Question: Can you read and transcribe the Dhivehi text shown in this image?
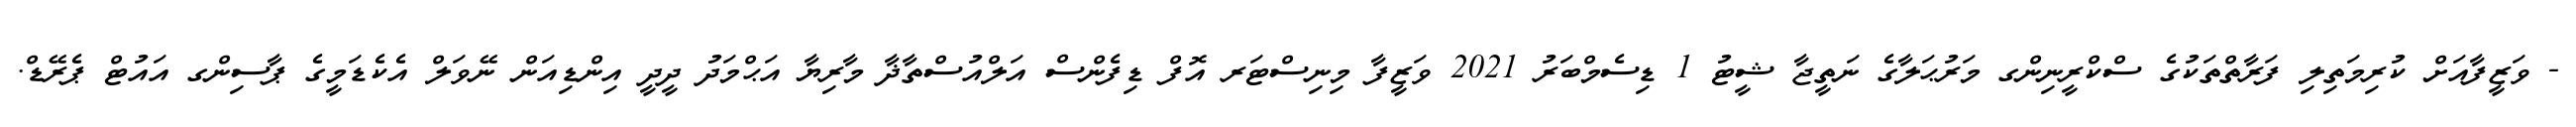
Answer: - ވަޒީފާއަށް ކުރިމަތިލި ފަރާތްތަކުގެ ސްކްރީނިންގ މަރުޙަލާގެ ނަތީޖާ ޝީޓު 1 ޑިސެމްބަރު 2021 ވަޒީފާ މިނިސްޓަރ އޮފް ޑިފެންސް އަލްއުސްތާޛާ މާރިޔާ އަޙްމަދު ދީދީ އިންޑިއަން ނޭވަލް އެކެޑަމީގެ ޕާސިންގ އައުޓް ޕެރޭޑް.